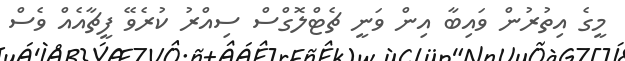
މީގެ އިތުރުން ވައިބާ އިން ވަނީ ޗެޓްލޮގްސް ސިއްރު ކުރެވޭ ފީޗާއެއް ވެސް